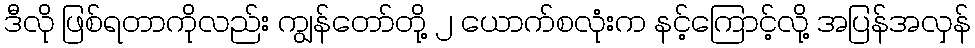
ဒီလို ဖြစ်ရတာကိုလည်း ကျွန်တော်တို့ ၂ ယောက်စလုံးက နင့်ကြောင့်လို့ အပြန်အလှန်